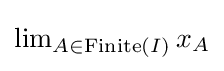
\textstyle \lim _{A\in \operatorname {Finite} (I)}x_{A}